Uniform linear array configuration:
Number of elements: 48
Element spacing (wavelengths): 0.25
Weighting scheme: cosine
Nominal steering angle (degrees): -15
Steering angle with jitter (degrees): -14.54
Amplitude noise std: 0.05
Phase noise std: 0.05

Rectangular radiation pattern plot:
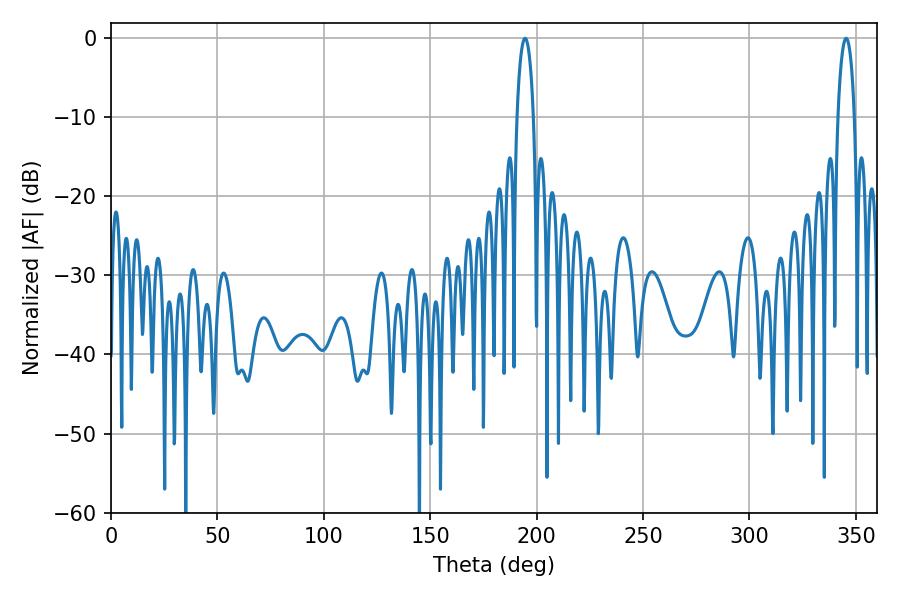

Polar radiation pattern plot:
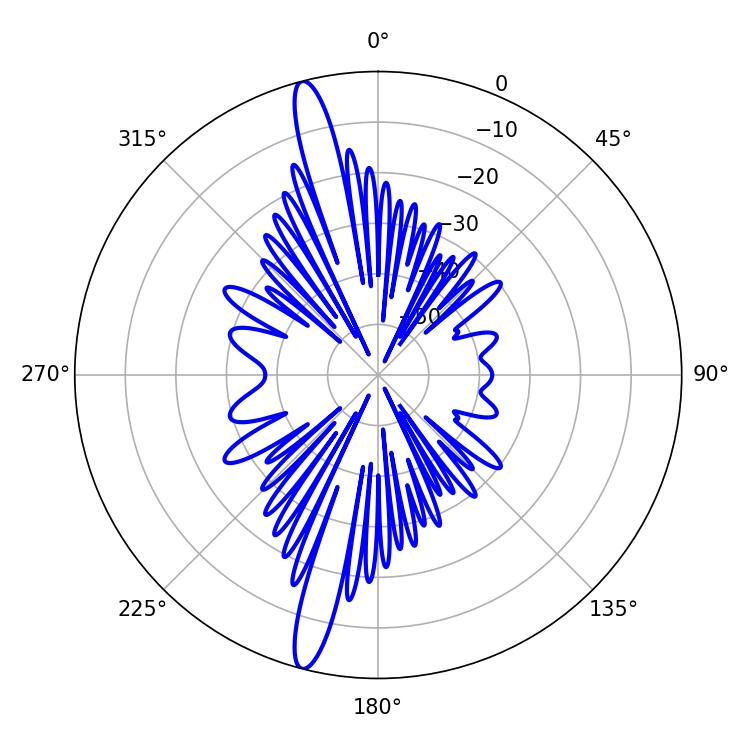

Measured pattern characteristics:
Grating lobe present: FALSE
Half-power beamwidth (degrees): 4.32
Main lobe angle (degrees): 194.58